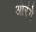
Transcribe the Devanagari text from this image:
ओरंगे